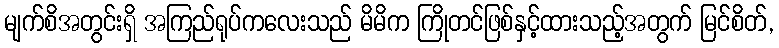
မျက်စိအတွင်းရှိ အကြည်ရုပ်ကလေးသည် မိမိက ကြိုတင်ဖြစ်နှင့်ထားသည့်အတွက် မြင်စိတ်,